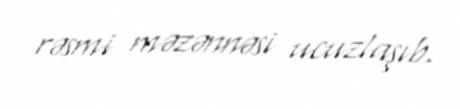
rəsmi məzənnəsi ucuzlaşıb.